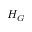
H _ { G }